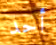
أحد